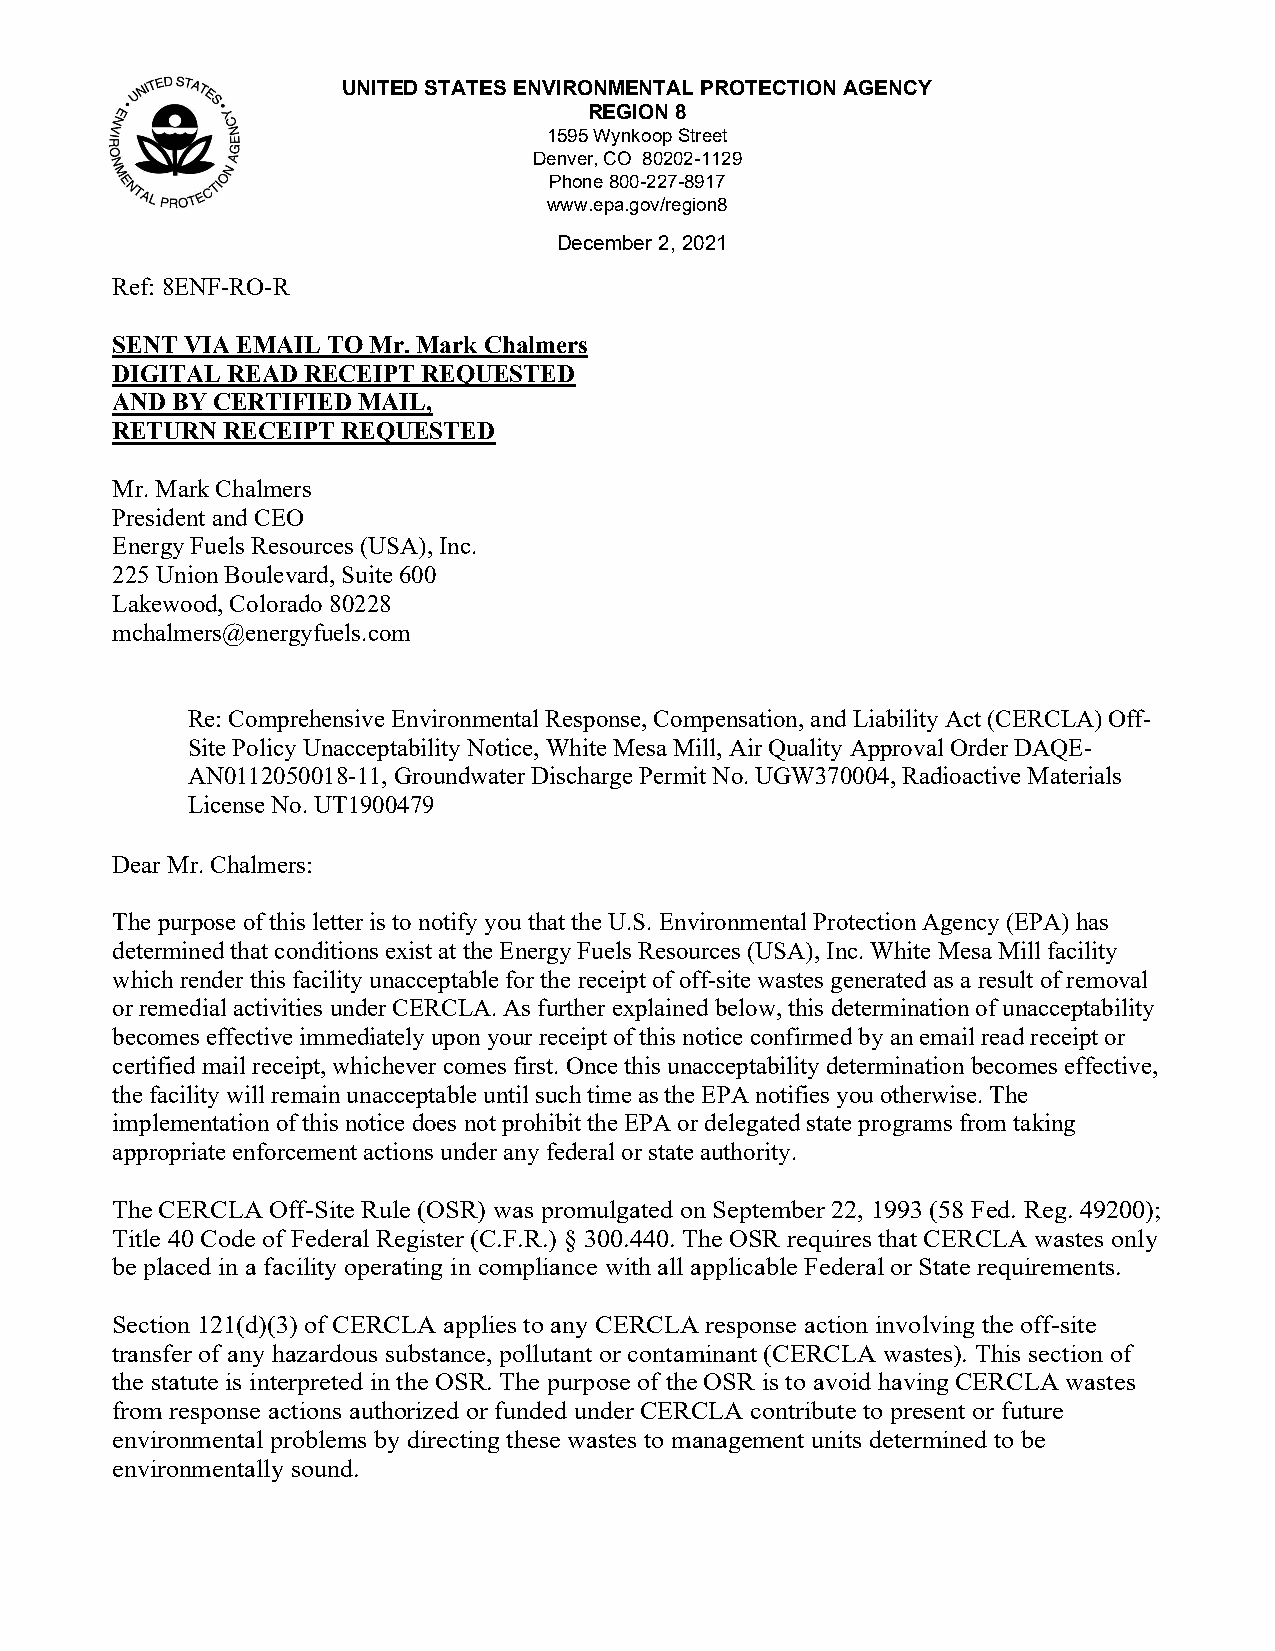
UNITED STATES ENVIRONMENTAL PROTECTION AGENCY
 REGION 8
 1595 Wynkoop Street
 Denver, CO 80202-1129
 Phone 800-227-8917
 www.epa.gov/region8
 December 2, 2021
 Ref: 8ENF-RO-R
 SENT VIA EMAIL TO Mr. Mark Chalmers
 DIGITAL READ RECEIPT REQUESTED
 AND BY CERTIFIED MAIL,
 RETURN  RECEIPT REQUESTED
 Mr. Mark Chalmers
 President and CEO
 Energy Fuels Resources (USA), Inc.
 225 Union Boulevard, Suite 600
 Lakewood, Colorado 80228
 mchalmers@energyfuels.com
 Re: Comprehensive Environmental Response, Compensation, and Liability Act (CERCLA) Off-
 Site Policy Unacceptability Notice, White Mesa Mill, Air Quality Approval Order DAQE-
 AN0112050018-11, Groundwater Discharge Permit No. UGW370004, Radioactive Materials
 License No. UT1900479
 Dear Mr. Chalmers:
 The purpose of this letter is to notify you that the U.S. Environmental Protection Agency (EPA) has
 determined that conditions exist at the Energy Fuels Resources (USA), Inc. White Mesa Mill facility
 which render this facility unacceptable for the receipt of off-site wastes generated as a result of removal
 or remedial activities under CERCLA. As further explained below, this determination of unacceptability
 becomes effective immediately upon your receipt of this notice confirmed by an email read receipt or
 certified mail receipt, whichever comes first. Once this unacceptability determination becomes effective,
 the facility will remain unacceptable until such time as the EPA notifies you otherwise. The
 implementation of this notice does not prohibit the EPA or delegated state programs from taking
 appropriate enforcement actions under any federal or state authority.
 The CERCLA Off-Site Rule (OSR) was promulgated on September 22, 1993 (58 Fed. Reg. 49200);
 Title 40 Code of Federal Register (C.F.R.) § 300.440. The OSR requires that CERCLA wastes only
 be placed in a facility operating in compliance with all applicable Federal or State requirements.
 Section 121(d)(3) of CERCLA applies to any CERCLA response action involving the off-site
 transfer of any hazardous substance, pollutant or contaminant (CERCLA wastes). This section of
 the statute is interpreted in the OSR. The purpose of the OSR is to avoid having CERCLA wastes
 from response actions authorized or funded under CERCLA contribute to present or future
 environmental problems by directing these wastes to management units determined to be
 environmentally sound.